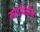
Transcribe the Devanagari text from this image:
मोडविहीन